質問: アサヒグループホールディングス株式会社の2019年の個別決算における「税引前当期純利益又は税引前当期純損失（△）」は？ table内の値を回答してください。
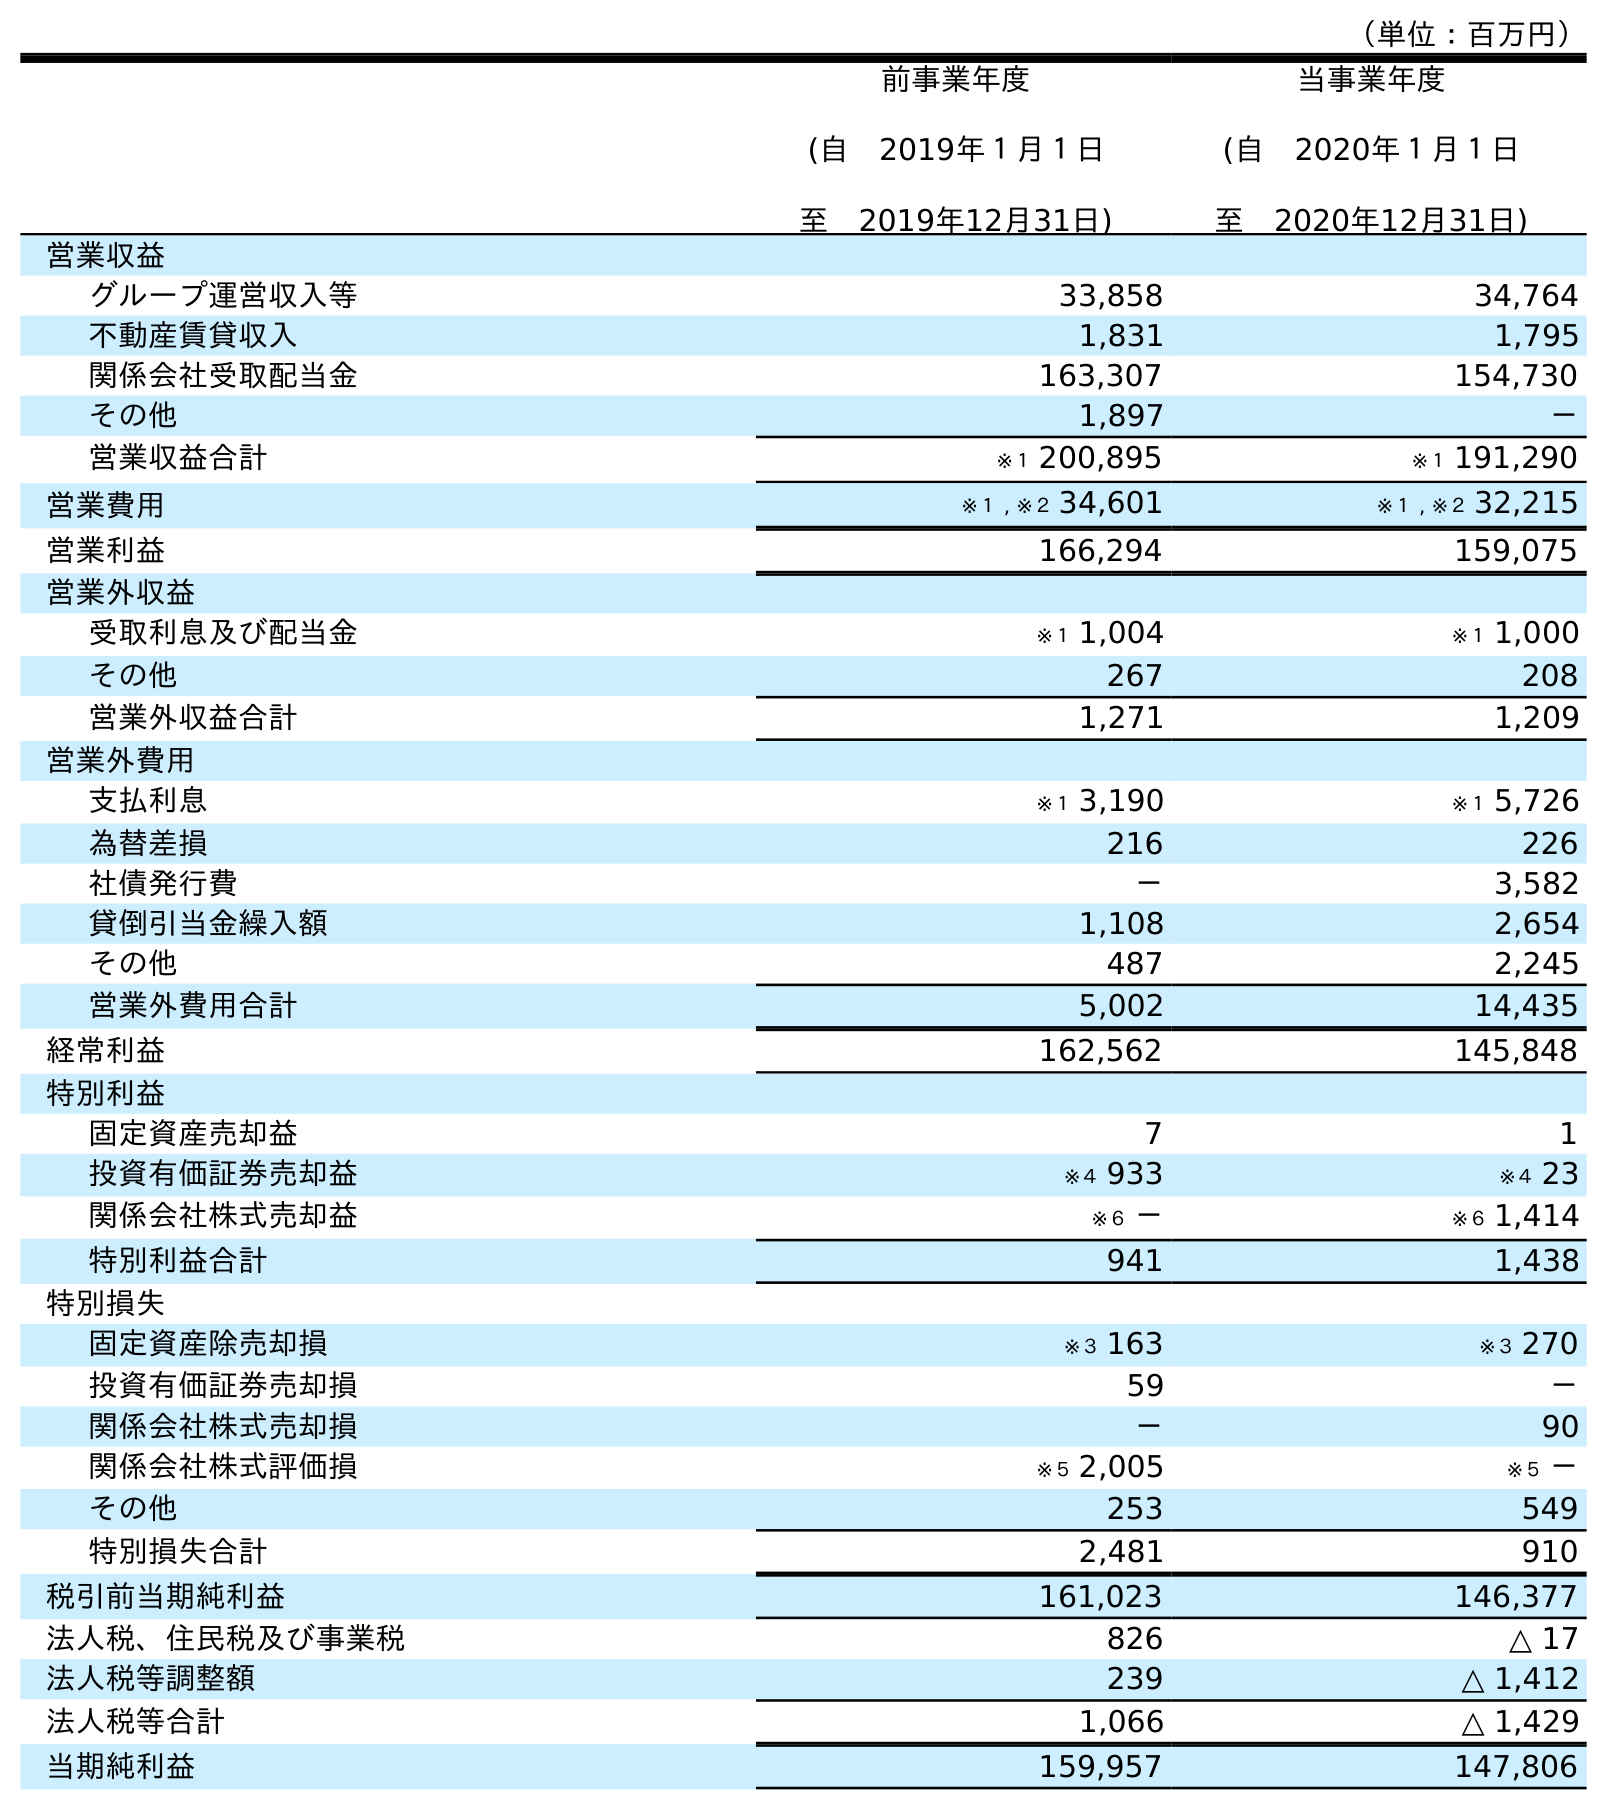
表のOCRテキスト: （単位：百万円） 前事業年度 (自 2019年１月１日 至 2019年12月31日) 当事業年度 (自 2020年１月１日 至 2020年12月31日) 営業収益 グループ運営収入等 33,858 34,764 不動産賃貸収入 1,831 1,795 関係会社受取配当金 163,307 154,730 その他 1,897 － 営業収益合計 ※１ 200,895 ※１ 191,290 営業費用 ※１ , ※２ 34,601 ※１ , ※２ 32,215 営業利益 166,294 159,075 営業外収益 受取利息及び配当金 ※１ 1,004 ※１ 1,000 その他 267 208 営業外収益合計 1,271 1,209 営業外費用 支払利息 ※１ 3,190 ※１ 5,726 為替差損 216 226 社債発行費 － 3,582 貸倒引当金繰入額 1,108 2,654 その他 487 2,245 営業外費用合計 5,002 14,435 経常利益 162,562 145,848 特別利益 固定資産売却益 7 1 投資有価証券売却益 ※４ 933 ※４ 23 関係会社株式売却益 ※６ － ※６ 1,414 特別利益合計 941 1,438 特別損失 固定資産除売却損 ※３ 163 ※３ 270 投資有価証券売却損 59 － 関係会社株式売却損 － 90 関係会社株式評価損 ※５ 2,005 ※５ － その他 253 549 特別損失合計 2,481 910 税引前当期純利益 161,023 146,377 法人税、住民税及び事業税 826 △ 17 法人税等調整額 239 △ 1,412 法人税等合計 1,066 △ 1,429 当期純利益 159,957 147,806
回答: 161,023